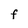
Character: F